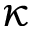
\kappa